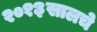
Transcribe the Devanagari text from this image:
२०१३सालचेे